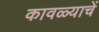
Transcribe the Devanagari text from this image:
कावळ्याचें